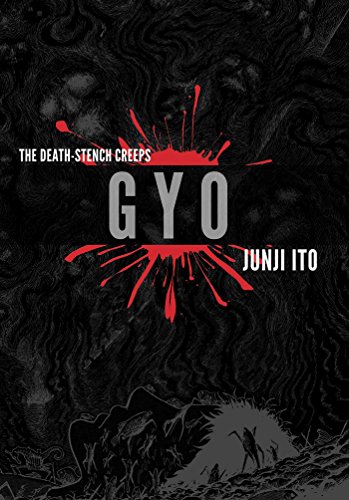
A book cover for Gyo 2-in-1 Deluxe Edition; Junji Ito; Comics & Graphic Novels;